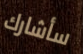
سأشارك